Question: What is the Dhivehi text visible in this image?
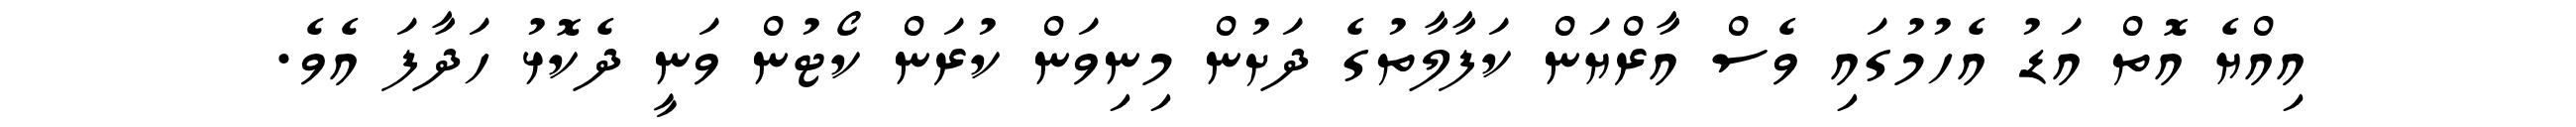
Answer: އިއްޔެ އޮތް އަޑު އެހުމުގައި ވެސް އާރްޔަން ކަފާލާތުގެ ދަށުން މިނިވަން ކުރަން ކޯޓުން ވަނީ ދެކޮޅު ހަދާފަ އެވެ.